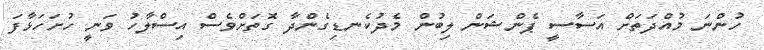
ހުންނަ މުއްދަތަށް އަސާސީ ޕެންޝަން ލިބުން މެދުކެނޑިގެންދާ ގޮތަށްވެސް އިސްލާހު ވަނީ ހުށަހަޅާފަ